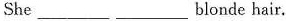
She ___ ___ blonde hair.